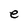
Character: e